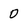
Character: 0